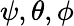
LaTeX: \psi,\theta,\phi